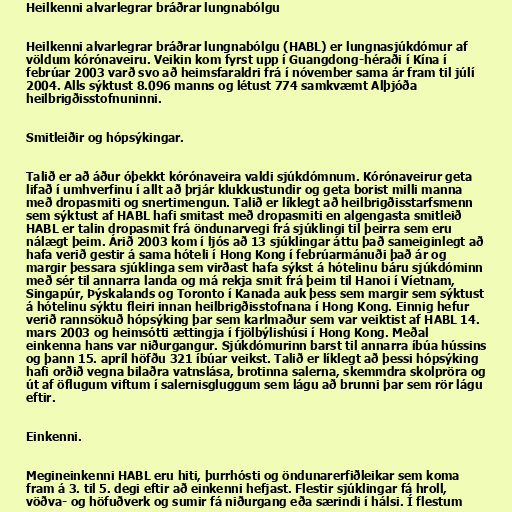
Heilkenni alvarlegrar bráðrar lungnabólgu

Heilkenni alvarlegrar bráðrar lungnabólgu (HABL) er lungnasjúkdómur af
völdum kórónaveiru. Veikin kom fyrst upp í Guangdong-héraði í Kína í
febrúar 2003 varð svo að heimsfaraldri frá í nóvember sama ár fram til júlí
2004. Alls sýktust 8.096 manns og létust 774 samkvæmt Alþjóða
heilbrigðisstofnuninni.

Smitleiðir og hópsýkingar.

Talið er að áður óþekkt kórónaveira valdi sjúkdómnum. Kórónaveirur geta
lifað í umhverfinu í allt að þrjár klukkustundir og geta borist milli manna
með dropasmiti og snertimengun. Talið er líklegt að heilbrigðisstarfsmenn
sem sýktust af HABL hafi smitast með dropasmiti en algengasta smitleið
HABL er talin dropasmit frá öndunarvegi frá sjúklingi til þeirra sem eru
nálægt þeim. Árið 2003 kom í ljós að 13 sjúklingar áttu það sameiginlegt að
hafa verið gestir á sama hóteli í Hong Kong í febrúarmánuði það ár og
margir þessara sjúklinga sem virðast hafa sýkst á hótelinu báru sjúkdóminn
með sér til annarra landa og má rekja smit frá þeim til Hanoi í Víetnam,
Singapúr, Þýskalands og Toronto í Kanada auk þess sem margir sem sýktust
á hótelinu sýktu fleiri innan heilbrigðisstofnana í Hong Kong. Einnig hefur
verið rannsökuð hópsýking þar sem karlmaður sem var veiktist af HABL 14.
mars 2003 og heimsótti ættingja í fjölbýlishúsi í Hong Kong. Meðal
einkenna hans var niðurgangur. Sjúkdómurinn barst til annarra íbúa hússins
og þann 15. apríl höfðu 321 íbúar veikst. Talið er líklegt að þessi hópsýking
hafi orðið vegna bilaðra vatnslása, brotinna salerna, skemmdra skolpröra og
út af öflugum viftum í salernisgluggum sem lágu að brunni þar sem rör lágu
eftir.

Einkenni.

Megineinkenni HABL eru hiti, þurrhósti og öndunarerfiðleikar sem koma
fram á 3. til 5. degi eftir að einkenni hefjast. Flestir sjúklingar fá hroll,
vöðva- og höfuðverk og sumir fá niðurgang eða særindi í hálsi. Í flestum